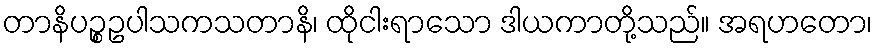
တာနိပဉ္စဥပါသကသတာနိ၊ ထိုငါးရာသော ဒါယကာတို့သည်။ အရဟတော၊